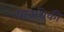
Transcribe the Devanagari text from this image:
प्रावंशिकी